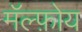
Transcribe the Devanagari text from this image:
मॅल्फ़ोय